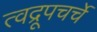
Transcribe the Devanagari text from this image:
त्वद्रूपचर्चे